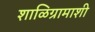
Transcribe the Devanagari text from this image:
शाळिग्रामाशी